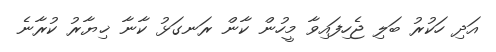
އަދި ހަކުރު ބަލި ޖެހިފައިވާ މީހުން ކާން ރަނގަޅު ކާނާ ޚިޔާރު ކުރާނެ